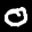
Label: 0